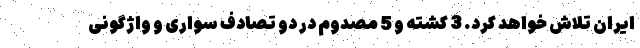
ایران تلاش خواهد کرد. 3 کشته و 5 مصدوم در دو تصادف سواری و واژگونی